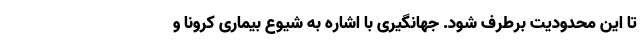
تا این محدودیت برطرف شود. جهانگیری با اشاره به شیوع بیماری کرونا و